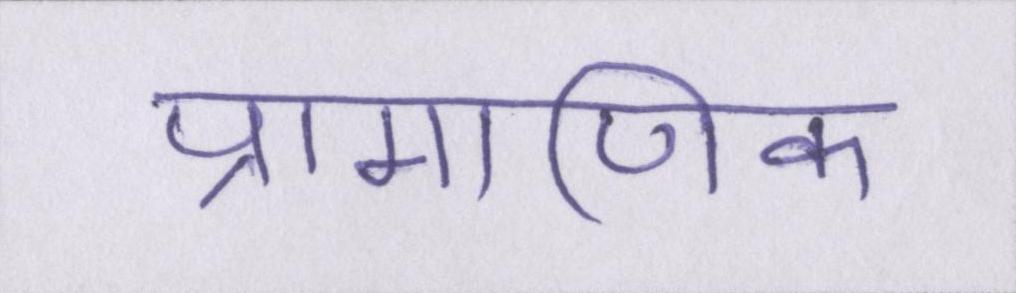
प्रामाणिक